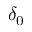
\delta _ { 0 }